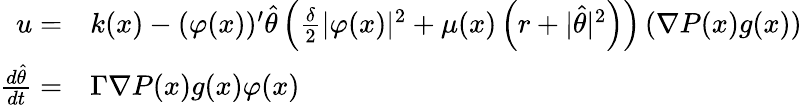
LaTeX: \begin{array}{rl}{u=}&{k(x)-(\varphi(x))^{\prime}\hat{\theta}\left(\frac{\delta}{2}\vert\varphi(x)\vert^{2}+\mu(x)\left(r+\vert\hat{\theta}\vert^{2}\right)\right)\left(\nabla P(x)g(x)\right)}\\ {\frac{d\hat{\theta}}{dt}=}&{\Gamma\nabla P(x)g(x)\varphi(x)}\end{array}